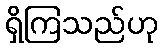
ရှိကြသည်ဟု